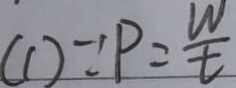
( 1 ) \because P = \frac { W } { t }